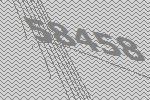
58458